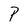
Character: P